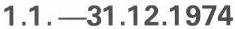
1.1.-31.12.1974